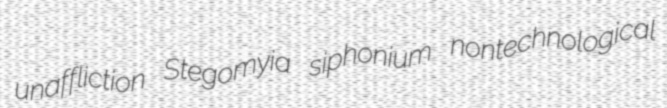
unaffliction Stegomyia siphonium nontechnological